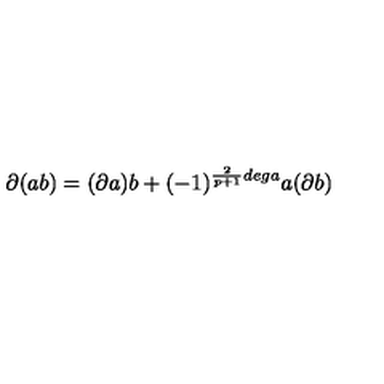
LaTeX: \partial ( a b ) = ( \partial a ) b + ( - 1 ) ^ { \frac { 2 } { p + 1 } d e g a } a ( \partial b )